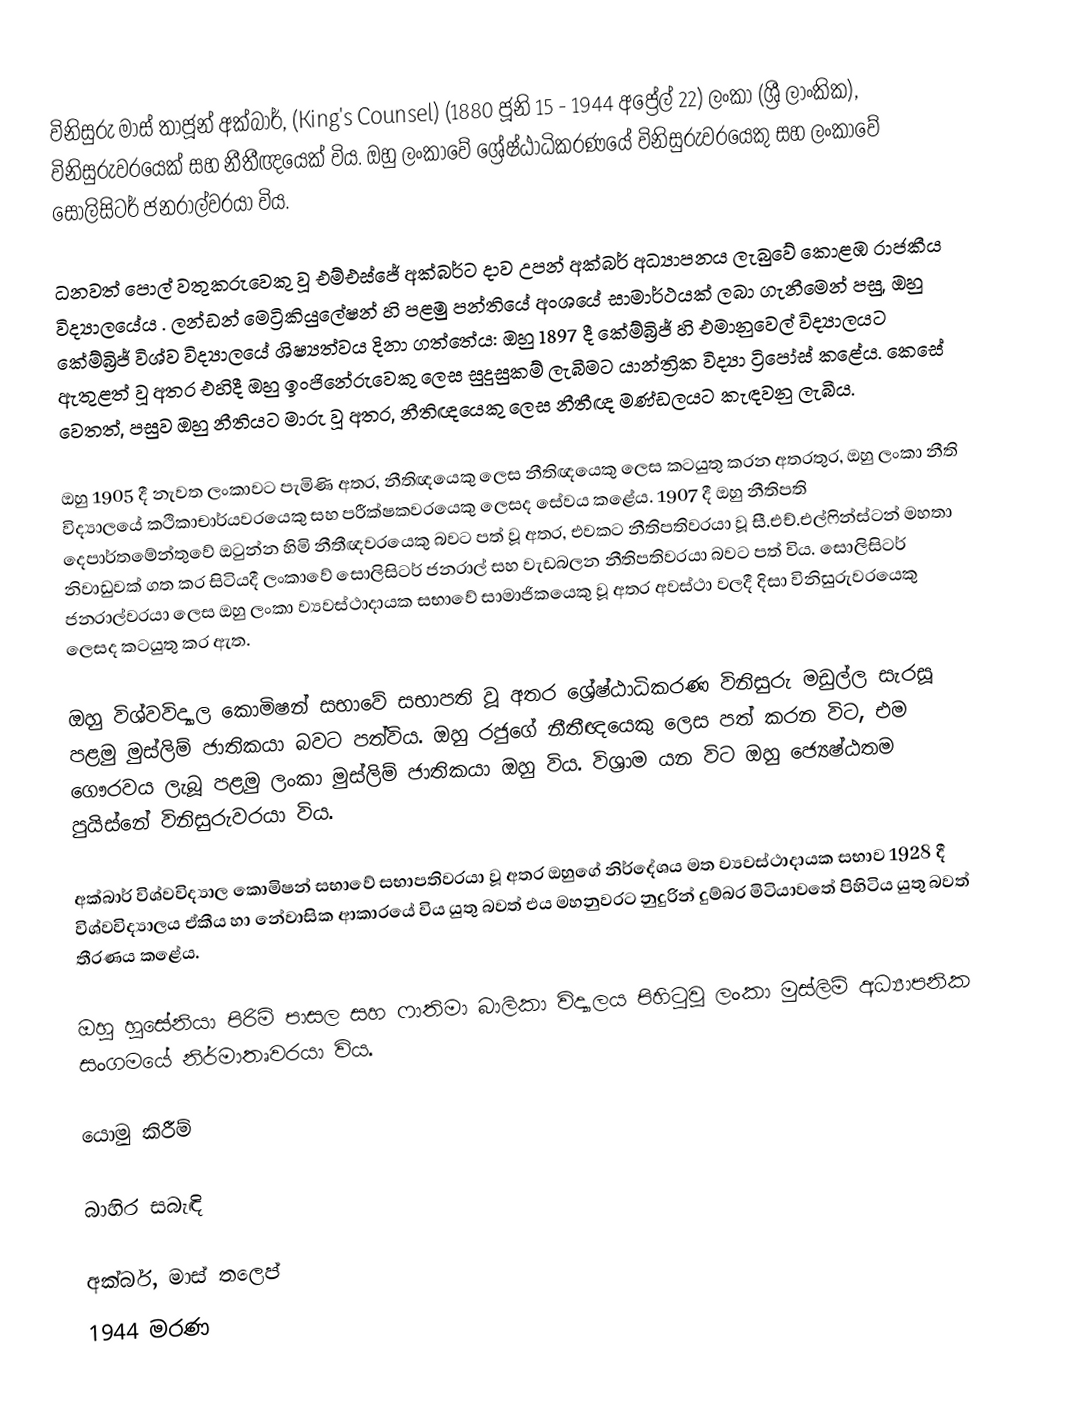
විනිසුරු මාස් තාජූන් අක්බාර්, (King's Counsel) (1880 ජූනි 15 - 1944 අප්‍රේල් 22) ලංකා (ශ්‍රී ලාංකික), විනිසුරුවරයෙක් සහ නීතීඥයෙක් විය. ඔහු ලංකාවේ ශ්‍රේෂ්ඨාධිකරණයේ විනිසුරුවරයෙකු සහ ලංකාවේ සොලිසිටර් ජනරාල්වරයා විය.

ධනවත් පොල් වතුකරුවෙකු වූ එම්එස්ජේ අක්බර්ට දාව උපන් අක්බර් අධ්‍යාපනය ලැබුවේ කොළඹ රාජකීය විද්‍යාලයේය . ලන්ඩන් මෙට්‍රිකියුලේෂන් හි පළමු පන්තියේ අංශයේ සාමාර්ථයක් ලබා ගැනීමෙන් පසු, ඔහු කේම්බ්‍රිජ් විශ්ව විද්‍යාලයේ ශිෂ්‍යත්වය දිනා ගත්තේය: ඔහු 1897 දී කේම්බ්‍රිජ් හි එමානුවෙල් විද්‍යාලයට ඇතුළත් වූ අතර එහිදී ඔහු ඉංජිනේරුවෙකු ලෙස සුදුසුකම් ලැබීමට යාන්ත්‍රික විද්‍යා ට්‍රිපෝස් කළේය. කෙසේ වෙතත්, පසුව ඔහු නීතියට මාරු වූ අතර, නීතිඥයෙකු ලෙස නීතීඥ මණ්ඩලයට කැඳවනු ලැබීය.

ඔහු 1905 දී නැවත ලංකාවට පැමිණි අතර, නීතිඥයෙකු ලෙස නීතිඥයෙකු ලෙස කටයුතු කරන අතරතුර, ඔහු ලංකා නීති විද්‍යාලයේ කථිකාචාර්යවරයෙකු සහ පරීක්ෂකවරයෙකු ලෙසද සේවය කළේය. 1907 දී ඔහු නීතිපති දෙපාර්තමේන්තුවේ ඔටුන්න හිමි නීතීඥවරයෙකු බවට පත් වූ අතර, එවකට නීතිපතිවරයා වූ සී.එච්.එල්ෆින්ස්ටන් මහතා නිවාඩුවක් ගත කර සිටියදී ලංකාවේ සොලිසිටර් ජනරාල් සහ වැඩබලන නීතිපතිවරයා බවට පත් විය. සොලිසිටර් ජනරාල්වරයා ලෙස ඔහු ලංකා ව්‍යවස්ථාදායක සභාවේ සාමාජිකයෙකු වූ අතර අවස්ථා වලදී දිසා විනිසුරුවරයෙකු ලෙසද කටයුතු කර ඇත.

ඔහු විශ්වවිද්‍යාල කොමිෂන් සභාවේ සභාපති වූ අතර ශ්‍රේෂ්ඨාධිකරණ විනිසුරු මඩුල්ල සැරසූ පළමු මුස්ලිම් ජාතිකයා බවට පත්විය. ඔහු රජුගේ නීතීඥයෙකු ලෙස පත් කරන විට, එම ගෞරවය ලැබූ පළමු ලංකා මුස්ලිම් ජාතිකයා ඔහු විය. විශ්‍රාම යන විට ඔහු ජ්‍යෙෂ්ඨතම පුයිස්නේ විනිසුරුවරයා විය.

අක්බාර් විශ්වවිද්‍යාල කොමිෂන් සභාවේ සභාපතිවරයා වූ අතර ඔහුගේ නිර්දේශය මත ව්‍යවස්ථාදායක සභාව 1928 දී විශ්වවිද්‍යාලය ඒකීය හා නේවාසික ආකාරයේ විය යුතු බවත් එය මහනුවරට නුදුරින් දුම්බර මිටියාවතේ පිහිටිය යුතු බවත් තීරණය කළේය.

ඔහු හුසේනියා පිරිමි පාසල සහ ෆාතිමා බාලිකා විද්‍යාලය පිහිටුවූ ලංකා මුස්ලිම් අධ්‍යාපනික සංගමයේ නිර්මාතෘවරයා විය.

යොමු කිරීම්

බාහිර සබැඳි

 අක්බර්, මාස් තලෙප්
1944 මරණ